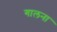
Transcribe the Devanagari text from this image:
गालना